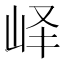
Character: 峄